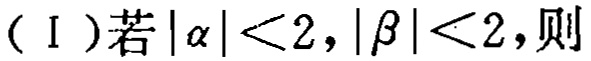
（Ⅰ）若\(|\alpha |<2,|\beta |<2\)，则